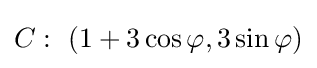
C:\ (1+3\cos \varphi ,3\sin \varphi )